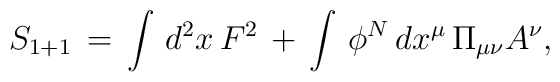
S_{1+1} \, = \, \int\, d^2x \, F^2 \, + \, \int \,\phi^N \, dx^{\mu}\, \Pi_{\mu\nu} A^{\nu},